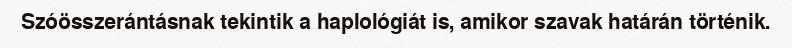
Szóösszerántásnak tekintik a haplológiát is, amikor szavak határán történik.